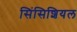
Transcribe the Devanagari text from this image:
सिंसिशियल